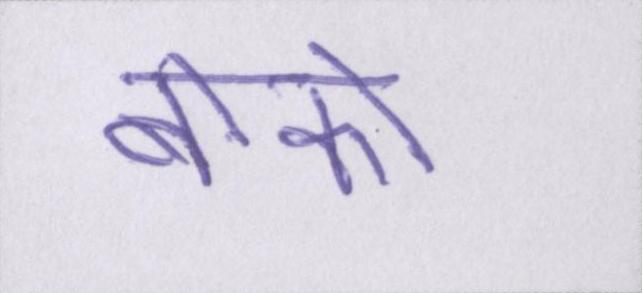
बोको